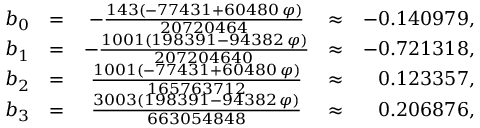
\begin{array} { r } { \begin{array} { c c c c r } { b _ { 0 } } & { = } & { - \frac { 1 4 3 ( - 7 7 4 3 1 + 6 0 4 8 0 \, \varphi ) } { 2 0 7 2 0 4 6 4 } } & { \approx } & { - 0 . 1 4 0 9 7 9 , } \\ { b _ { 1 } } & { = } & { - \frac { 1 0 0 1 ( 1 9 8 3 9 1 - 9 4 3 8 2 \, \varphi ) } { 2 0 7 2 0 4 6 4 0 } } & { \approx } & { - 0 . 7 2 1 3 1 8 , } \\ { b _ { 2 } } & { = } & { \frac { 1 0 0 1 ( - 7 7 4 3 1 + 6 0 4 8 0 \, \varphi ) } { 1 6 5 7 6 3 7 1 2 } } & { \approx } & { 0 . 1 2 3 3 5 7 , } \\ { b _ { 3 } } & { = } & { \frac { 3 0 0 3 ( 1 9 8 3 9 1 - 9 4 3 8 2 \, \varphi ) } { 6 6 3 0 5 4 8 4 8 } } & { \approx } & { 0 . 2 0 6 8 7 6 , } \end{array} } \end{array}